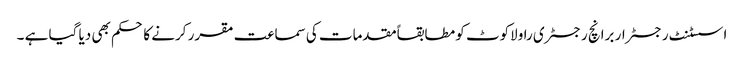
اسسٹنٹ رجسٹرار برانچ رجسٹری راولاکوٹ کو مطابقاًمقدمات کی سماعت مقرر کرنے کا حکم بھی دیا گیا ہے ۔